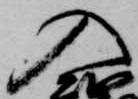
入